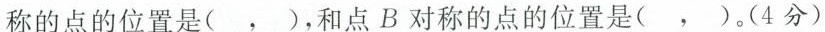
称的点的位置是(，)，和点B对称的点的位置是(，)。(4分)